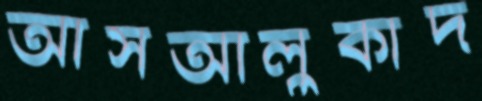
আসআলুকাদ